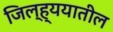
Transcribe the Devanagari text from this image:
जिल्ह्ययातील